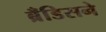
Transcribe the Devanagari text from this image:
ब्रँडिसने